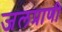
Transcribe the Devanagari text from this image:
जलप्राणी